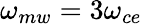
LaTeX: \omega_{mw}=3\omega_{ce}